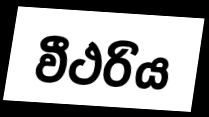
වීථරිය